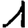
Digit: 1